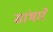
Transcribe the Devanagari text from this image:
सांभारे